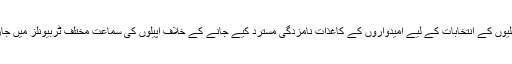
11 مئی کو ہونے والے قومی و صوبائی اسمبلیوں کے انتخابات کے لیے امیدواروں کے کاغذات نامزدگی مسترد کیے جانے کے خلاف اپیلوں کی سماعت مختلف ٹربیونلز میں جاری ہے اور اس عمل کا بدھ کو آخری دن ہے۔